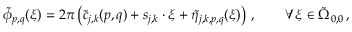
\tilde { \phi } _ { p , q } ( \boldsymbol { \xi } ) = 2 \pi \left( \tilde { c } _ { j , k } ( p , q ) + \boldsymbol { s } _ { j , k } \cdot \boldsymbol { \xi } + \tilde { \eta } _ { j , k , p , q } ( \boldsymbol { \xi } ) \right) \, , \qquad \forall \, \boldsymbol { \xi } \in \tilde { \Omega } _ { 0 , 0 } \, ,